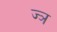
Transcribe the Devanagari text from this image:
ज्‍ञ